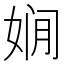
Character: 𱙗